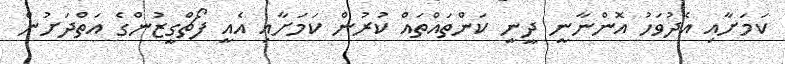
ކަމަށާއި އެދުވަހު އޮންނާނީ ދީނީ ކަންތައްތައް ކުރުން ކަމަށާއި އެއީ ފޯޗްގީޒުންގެ އަތްދަށުން